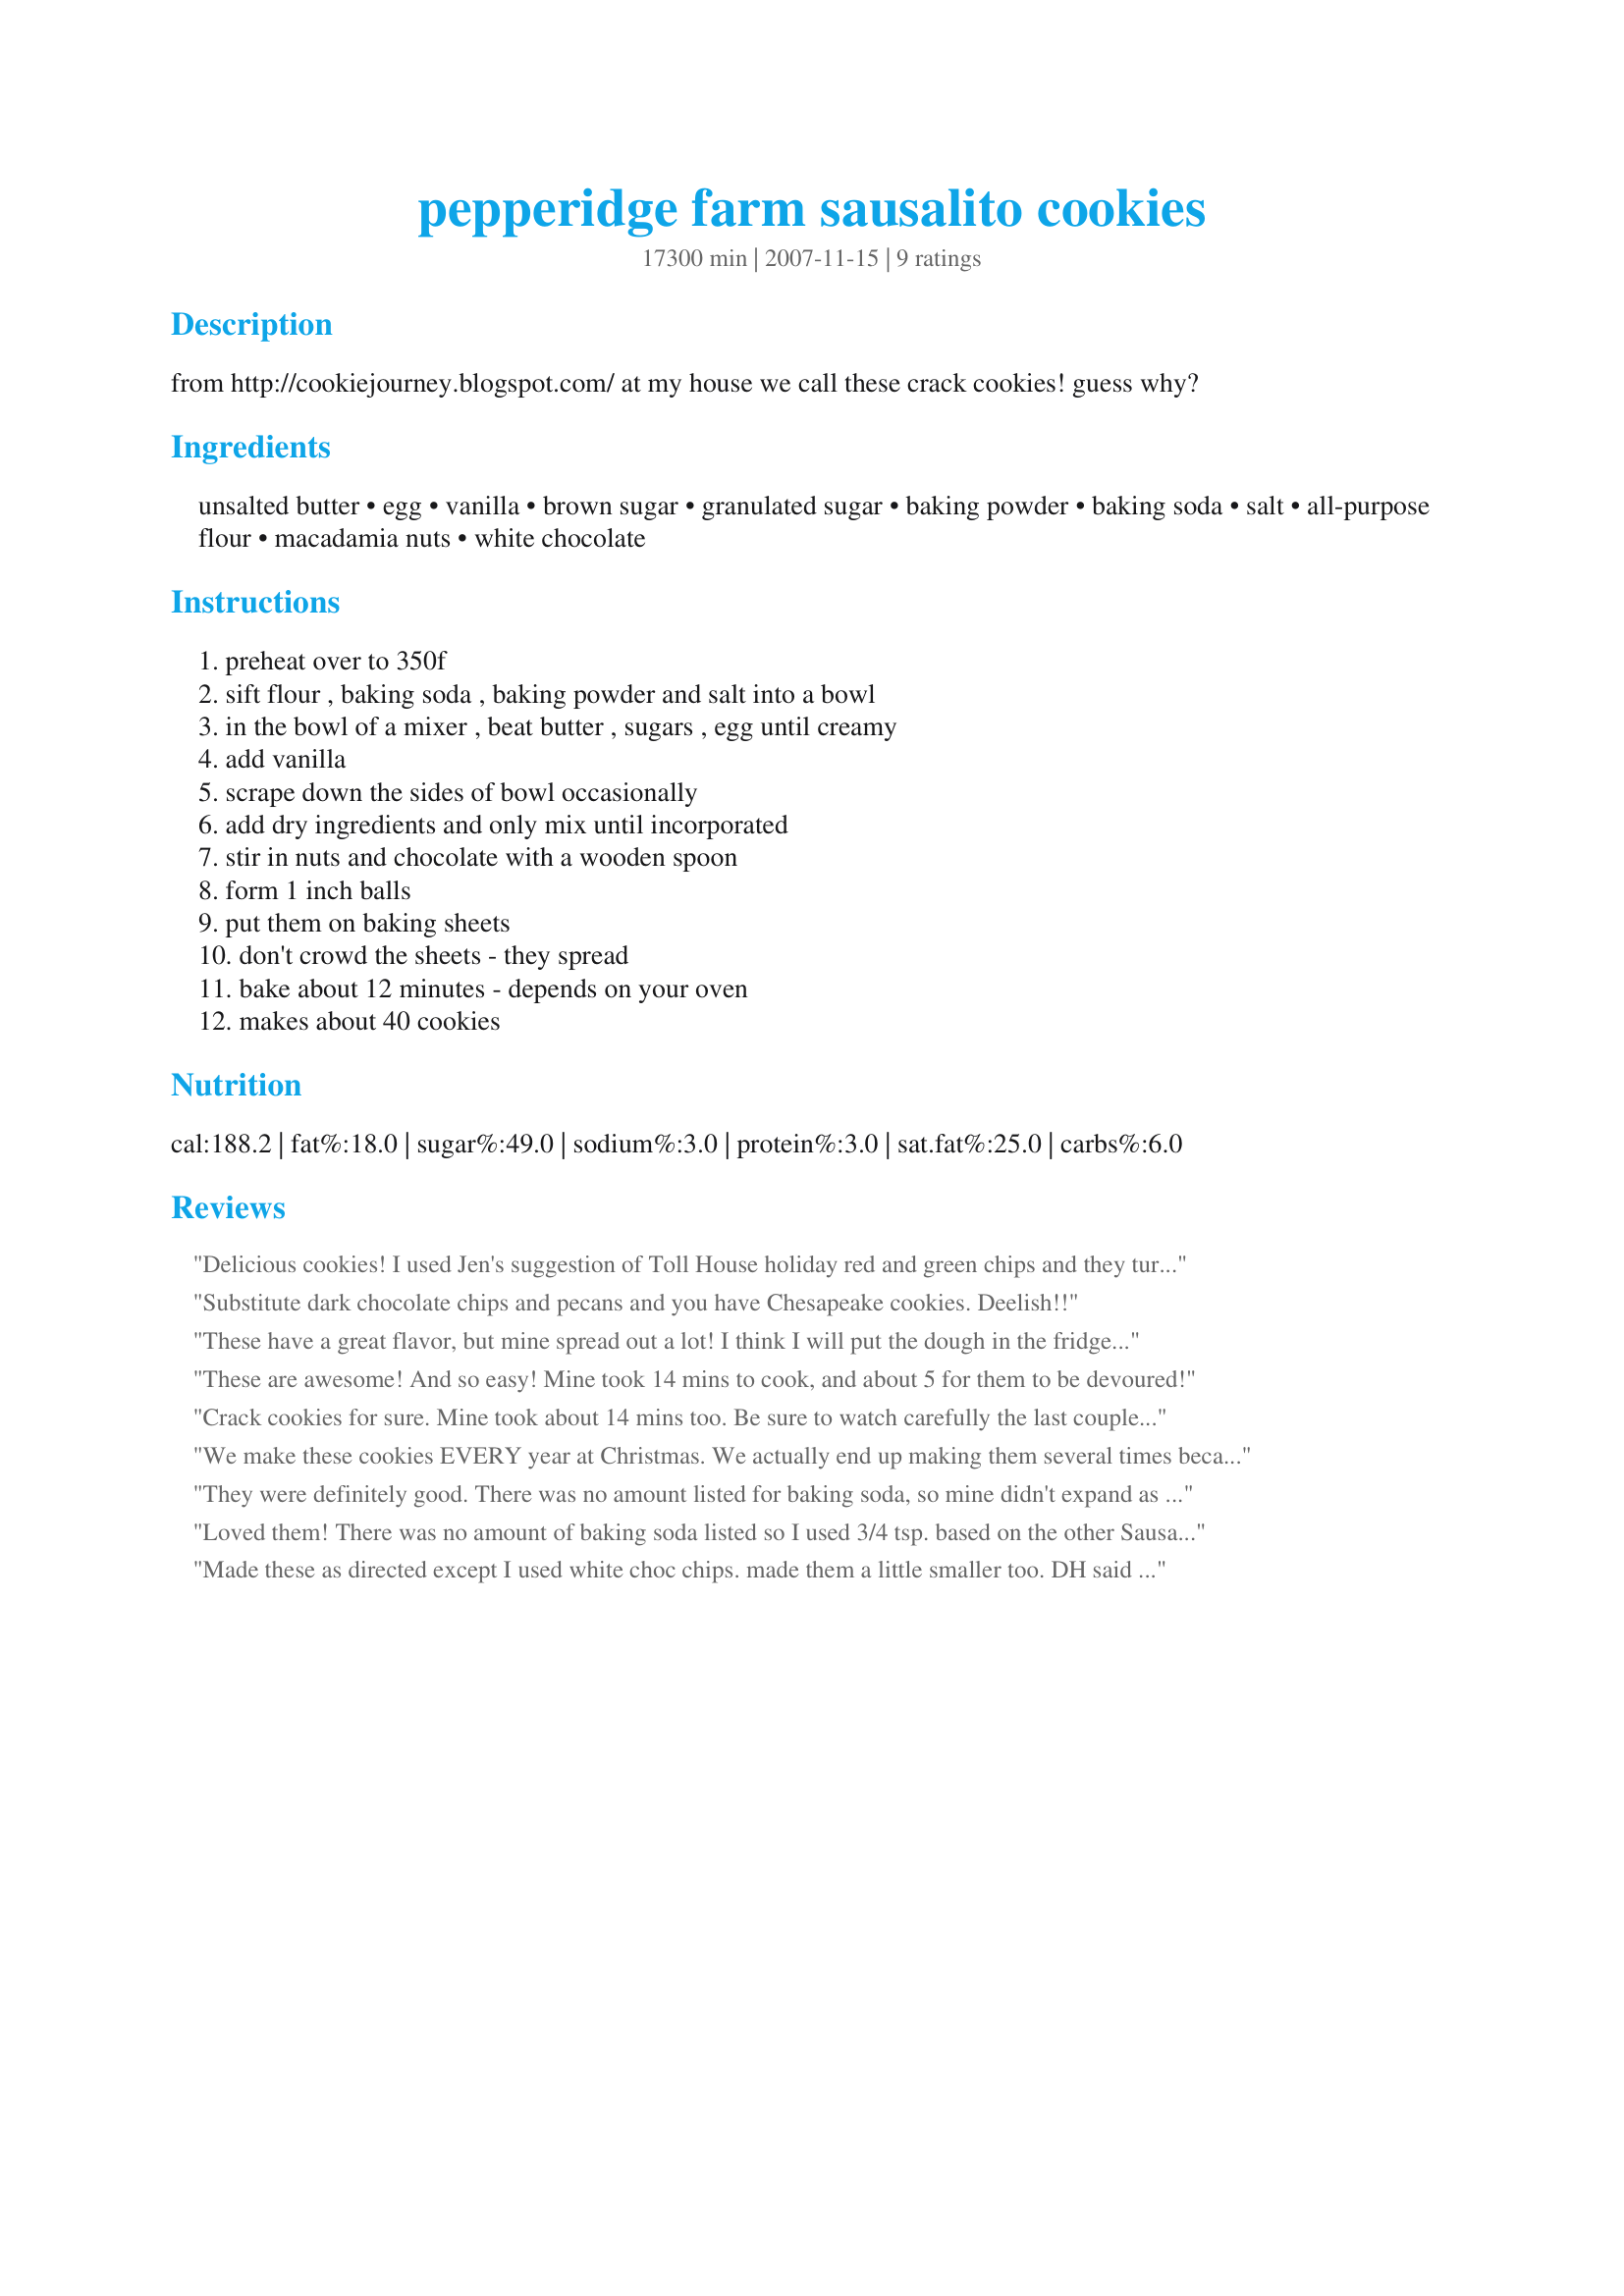
pepperidge farm sausalito cookies
Preparation time: 17300 minutes

from http://cookiejourney.blogspot.com/
at my house we call these crack cookies! guess why?

Ingredients:
unsalted butter, egg, vanilla, brown sugar, granulated sugar, baking powder, baking soda, salt, all-purpose flour, macadamia nuts, white chocolate

Steps:
preheat over to 350f, sift flour , baking soda , baking powder and salt into a bowl, in the bowl of a mixer , beat butter , sugars , egg until creamy, add vanilla, scrape down the sides of bowl occasionally, add dry ingredients and only mix until incorporated, stir in nuts and chocolate with a wooden spoon, form 1 inch balls, put them on baking sheets, don't crowd the sheets - they spread, bake about 12 minutes - depends on your oven, makes about 40 cookies

Reviews:
Delicious cookies! I used Jen's suggestion of Toll House holiday red and green chips and they turned out beautiful. Very cheery! I used 1 cup of macadamia nuts (4 oz.) as they are expensive and hard to find in bulk, which was a good amount. These were part of my 2008 Christmas gift trays along with Recipe#145470 and Recipe#26849.
Substitute dark chocolate chips and pecans and you have Chesapeake cookies. Deelish!!
These have a great flavor, but mine spread out a lot! I think I will put the dough in the fridge before I roll them out next time to firm it up a little; it was a warm and humid day here today so that may have affected the dough. Made for I Recommend Tag.
These are awesome! And so easy! Mine took 14 mins to cook, and about 5 for them to be devoured!
Crack cookies for sure. Mine took about 14 mins too. Be sure to watch carefully the last couple of mins. I used 1 cup chopped macadamias and 2 cups of chopped white callebaut as I don't have a scale and I think it was pretty close.
We make these cookies EVERY year at Christmas. We actually end up making them several times because we always forget how good they are and the first batch is devoured! You will not be sorry you tried this recipe. It lives up to it&#039;s nickname around here. We also have dubbed them &#039;Crack Cookies&#039; because they are SO addictive. YUM
They were definitely good. There was no amount listed for baking soda, so mine didn't expand as much as they're supposed to - I think. I used chunks of chocolate (definitely not 10oz worth) and only about 4 oz of macadamian nuts. I will definitely use this recipe again.
Loved them! There was no amount of baking soda listed so I used 3/4 tsp. based on the other Sausalito recipe here. I must have made mine smaller because I came out with 50 nice-sized cookies. I also had lots of nuts and white chips leftover so would next time use about 4 oz nuts and 1 1/2 cups chips, and roll the balls and then press those toppings in by hand to make the tops prettier. I used Toll House Swirled Holiday premium white morsels and am proud to give these tasty treats to my friends in their holiday gift baskets.
Made these as directed except I used white choc chips. made them a little smaller too. DH said these were awesome! (With his mouth full) Will definitely make these again.
